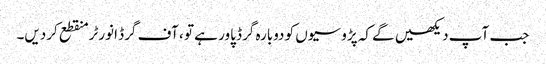
جب آپ دیکھیں گے کہ پڑوسیوں کو دوبارہ گرڈ پاور ہے تو ، آف گرڈ انورٹر منقطع کردیں۔